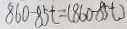
8 6 0 - 8 5 t = ( 8 6 0 - 8 5 t )